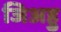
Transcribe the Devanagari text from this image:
जिअहु